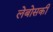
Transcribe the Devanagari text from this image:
लेबोसकी